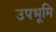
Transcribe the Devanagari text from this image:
उपभूमि